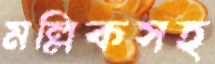
মল্লিকসহ